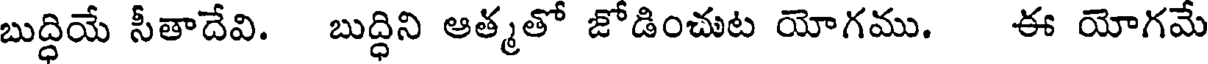
బుద్ధియే సీతాదేవి. బుద్ధిని ఆత్మతో జోడించుట యోగము. ఈ యోగమే